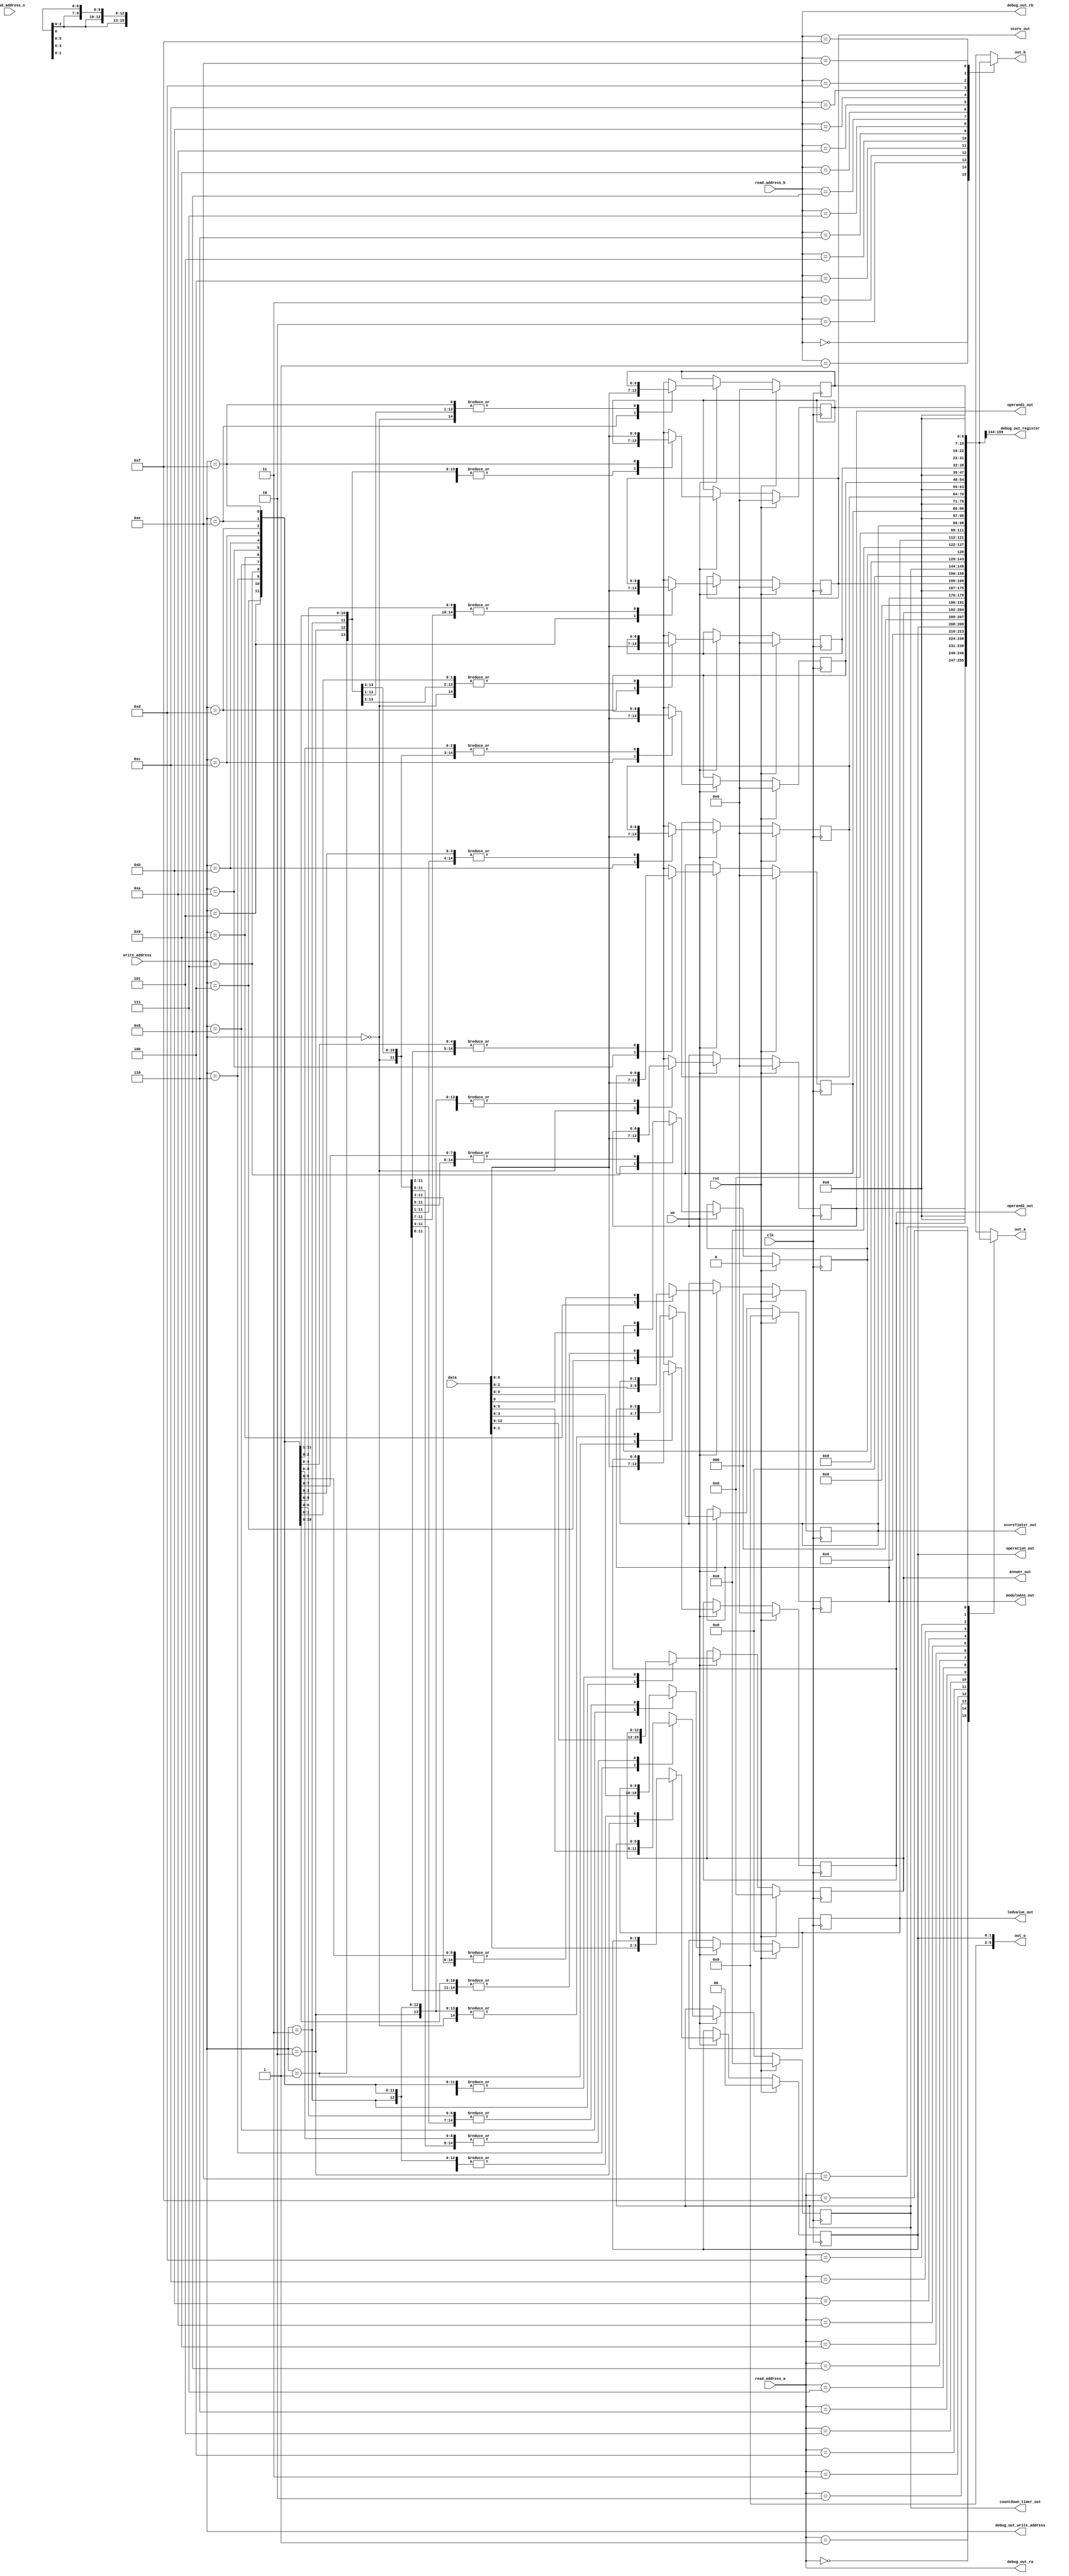
/*
   This file was generated automatically by Alchitry Labs version 1.2.0.
   Do not edit this file directly. Instead edit the original Lucid source.
   This is a temporary file and any changes made to it will be destroyed.
*/

module game_regfiles_17 (
    input clk,
    input rst,
    input [0:0] we,
    input [3:0] read_address_a,
    input [3:0] read_address_b,
    input [3:0] read_address_o,
    input [3:0] write_address,
    input [15:0] data,
    output reg [15:0] out_a,
    output reg [15:0] out_b,
    output reg [5:0] out_o,
    output reg [3:0] debug_out_write_address,
    output reg [3:0] debug_out_ra,
    output reg [3:0] debug_out_rb,
    output reg [15:0] debug_out_register,
    output reg [6:0] operand1_out,
    output reg [6:0] operand2_out,
    output reg [1:0] operation_out,
    output reg [5:0] countdown_timer_out,
    output reg [6:0] score_out,
    output reg [12:0] answer_out,
    output reg [3:0] moduloAns_out,
    output reg [2:0] scoreTimter_out,
    output reg [9:0] ledvalue_out
  );
  
  
  
  reg [6:0] M_operand1_d, M_operand1_q = 1'h0;
  reg [6:0] M_operand2_d, M_operand2_q = 1'h0;
  reg [1:0] M_operation_level_d, M_operation_level_q = 1'h0;
  reg [12:0] M_expectedAns_d, M_expectedAns_q = 1'h0;
  reg [3:0] M_moduloAns_d, M_moduloAns_q = 1'h0;
  reg [6:0] M_score_d, M_score_q = 1'h0;
  reg [5:0] M_countdown_timer_d, M_countdown_timer_q = 1'h0;
  reg [0:0] M_direction_d, M_direction_q = 1'h0;
  reg [9:0] M_ledvalue_d, M_ledvalue_q = 1'h0;
  reg [2:0] M_score_timer_d, M_score_timer_q = 1'h0;
  reg [6:0] M_temp1_d, M_temp1_q = 1'h0;
  reg [6:0] M_temp2_d, M_temp2_q = 1'h0;
  reg [6:0] M_temp3_d, M_temp3_q = 1'h0;
  reg [6:0] M_temp4_d, M_temp4_q = 1'h0;
  reg [6:0] M_temp5_d, M_temp5_q = 1'h0;
  reg [6:0] M_temp6_d, M_temp6_q = 1'h0;
  
  always @* begin
    M_operand1_d = M_operand1_q;
    M_score_timer_d = M_score_timer_q;
    M_operand2_d = M_operand2_q;
    M_ledvalue_d = M_ledvalue_q;
    M_expectedAns_d = M_expectedAns_q;
    M_operation_level_d = M_operation_level_q;
    M_temp2_d = M_temp2_q;
    M_temp3_d = M_temp3_q;
    M_temp1_d = M_temp1_q;
    M_temp6_d = M_temp6_q;
    M_moduloAns_d = M_moduloAns_q;
    M_score_d = M_score_q;
    M_temp4_d = M_temp4_q;
    M_temp5_d = M_temp5_q;
    M_countdown_timer_d = M_countdown_timer_q;
    M_direction_d = M_direction_q;
    
    out_o = M_operation_level_q;
    operand1_out = M_operand1_q;
    operand2_out = M_operand2_q;
    operation_out = M_operation_level_q;
    countdown_timer_out = M_countdown_timer_q;
    score_out = M_score_q;
    answer_out = M_expectedAns_q;
    moduloAns_out = M_moduloAns_q;
    scoreTimter_out = M_score_timer_q;
    ledvalue_out = M_ledvalue_q;
    debug_out_write_address = write_address;
    debug_out_ra = read_address_a;
    debug_out_rb = read_address_b;
    debug_out_register = M_countdown_timer_q;
    if (we) begin
      
      case (write_address)
        4'h0: begin
          M_operand1_d = data;
        end
        4'h1: begin
          M_operand2_d = data;
        end
        4'h2: begin
          M_operation_level_d = data;
        end
        4'h3: begin
          M_expectedAns_d = data;
        end
        4'h4: begin
          M_moduloAns_d = data;
        end
        4'h5: begin
          M_score_d = data;
        end
        4'h6: begin
          M_countdown_timer_d = data;
        end
        4'h7: begin
          M_direction_d = data;
        end
        4'h8: begin
          M_ledvalue_d = data;
        end
        4'h9: begin
          M_score_timer_d = data;
        end
        4'ha: begin
          M_temp1_d = data;
        end
        4'hb: begin
          M_temp2_d = data;
        end
        4'hc: begin
          M_temp3_d = data;
        end
        4'hd: begin
          M_temp4_d = data;
        end
        4'he: begin
          M_temp5_d = data;
        end
        4'hf: begin
          M_temp6_d = data;
        end
      endcase
    end
    
    case (read_address_a)
      4'h0: begin
        out_a = M_operand1_q;
      end
      4'h1: begin
        out_a = M_operand2_q;
      end
      4'h2: begin
        out_a = M_operation_level_q;
      end
      4'h3: begin
        out_a = M_expectedAns_q;
      end
      4'h4: begin
        out_a = M_moduloAns_q;
      end
      4'h5: begin
        out_a = M_score_q;
      end
      4'h6: begin
        out_a = M_countdown_timer_q;
      end
      4'h7: begin
        out_a = M_direction_q;
      end
      4'h8: begin
        out_a = M_ledvalue_q;
      end
      4'h9: begin
        out_a = M_score_timer_q;
      end
      4'ha: begin
        out_a = M_temp1_q;
      end
      4'hb: begin
        out_a = M_temp2_q;
      end
      4'hc: begin
        out_a = M_temp3_q;
      end
      4'hd: begin
        out_a = M_temp4_q;
      end
      4'he: begin
        out_a = M_temp5_q;
      end
      4'hf: begin
        out_a = M_temp6_q;
      end
      default: begin
        out_a = 1'h0;
      end
    endcase
    
    case (read_address_b)
      4'h0: begin
        out_b = M_operand1_q;
      end
      4'h1: begin
        out_b = M_operand2_q;
      end
      4'h2: begin
        out_b = M_operation_level_q;
      end
      4'h3: begin
        out_b = M_expectedAns_q;
      end
      4'h4: begin
        out_b = M_moduloAns_q;
      end
      4'h5: begin
        out_b = M_score_q;
      end
      4'h6: begin
        out_b = M_countdown_timer_q;
      end
      4'h7: begin
        out_b = M_direction_q;
      end
      4'h8: begin
        out_b = M_ledvalue_q;
      end
      4'h9: begin
        out_b = M_score_timer_q;
      end
      4'ha: begin
        out_b = M_temp1_q;
      end
      4'hb: begin
        out_b = M_temp2_q;
      end
      4'hc: begin
        out_b = M_temp3_q;
      end
      4'hd: begin
        out_b = M_temp4_q;
      end
      4'he: begin
        out_b = M_temp5_q;
      end
      4'hf: begin
        out_b = M_temp6_q;
      end
      default: begin
        out_b = 1'h0;
      end
    endcase
  end
  
  always @(posedge clk) begin
    if (rst == 1'b1) begin
      M_operand1_q <= 1'h0;
      M_operand2_q <= 1'h0;
      M_operation_level_q <= 1'h0;
      M_expectedAns_q <= 1'h0;
      M_moduloAns_q <= 1'h0;
      M_score_q <= 1'h0;
      M_countdown_timer_q <= 1'h0;
      M_direction_q <= 1'h0;
      M_ledvalue_q <= 1'h0;
      M_score_timer_q <= 1'h0;
      M_temp1_q <= 1'h0;
      M_temp2_q <= 1'h0;
      M_temp3_q <= 1'h0;
      M_temp4_q <= 1'h0;
      M_temp5_q <= 1'h0;
      M_temp6_q <= 1'h0;
    end else begin
      M_operand1_q <= M_operand1_d;
      M_operand2_q <= M_operand2_d;
      M_operation_level_q <= M_operation_level_d;
      M_expectedAns_q <= M_expectedAns_d;
      M_moduloAns_q <= M_moduloAns_d;
      M_score_q <= M_score_d;
      M_countdown_timer_q <= M_countdown_timer_d;
      M_direction_q <= M_direction_d;
      M_ledvalue_q <= M_ledvalue_d;
      M_score_timer_q <= M_score_timer_d;
      M_temp1_q <= M_temp1_d;
      M_temp2_q <= M_temp2_d;
      M_temp3_q <= M_temp3_d;
      M_temp4_q <= M_temp4_d;
      M_temp5_q <= M_temp5_d;
      M_temp6_q <= M_temp6_d;
    end
  end
  
endmodule